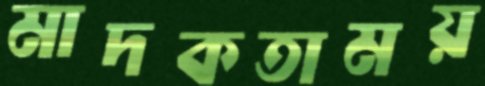
মাদকতাময়